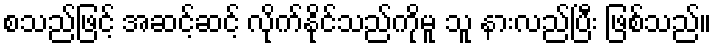
စသည်ဖြင့် အဆင့်ဆင့် လိုက်နိုင်သည်ကိုမူ သူ နားလည်ပြီး ဖြစ်သည်။